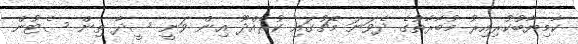
ކާމިޔާބުކުރިއިރު މުބާރާތުގެ ދެވަނަ މެޗުގައި ކުރެއްދޫ އިން ވަނީ ސީދާ ތިން ސެޓުން